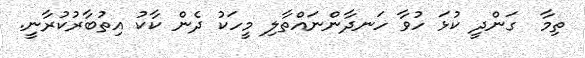
ތިމާ  ގަންދީ ކުޅަ ހުވާ ހަނދާންނައްތާލި މީހަކު ދެން ކާކު އިތުބާރުކުރާނީ.